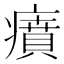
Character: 㿎